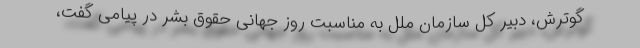
گوترش، دبیر کل سازمان ملل به مناسبت روز جهانی حقوق بشر در پیامی گفت،